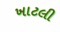
ખાટલી